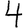
Digit: 4